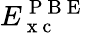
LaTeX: E_{\mathrm{~x~c~}}^{\mathrm{~P~B~E~}}